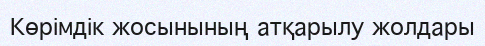
Көрімдік жосынының атқарылу жолдары